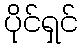
ပိုင်ရှင်